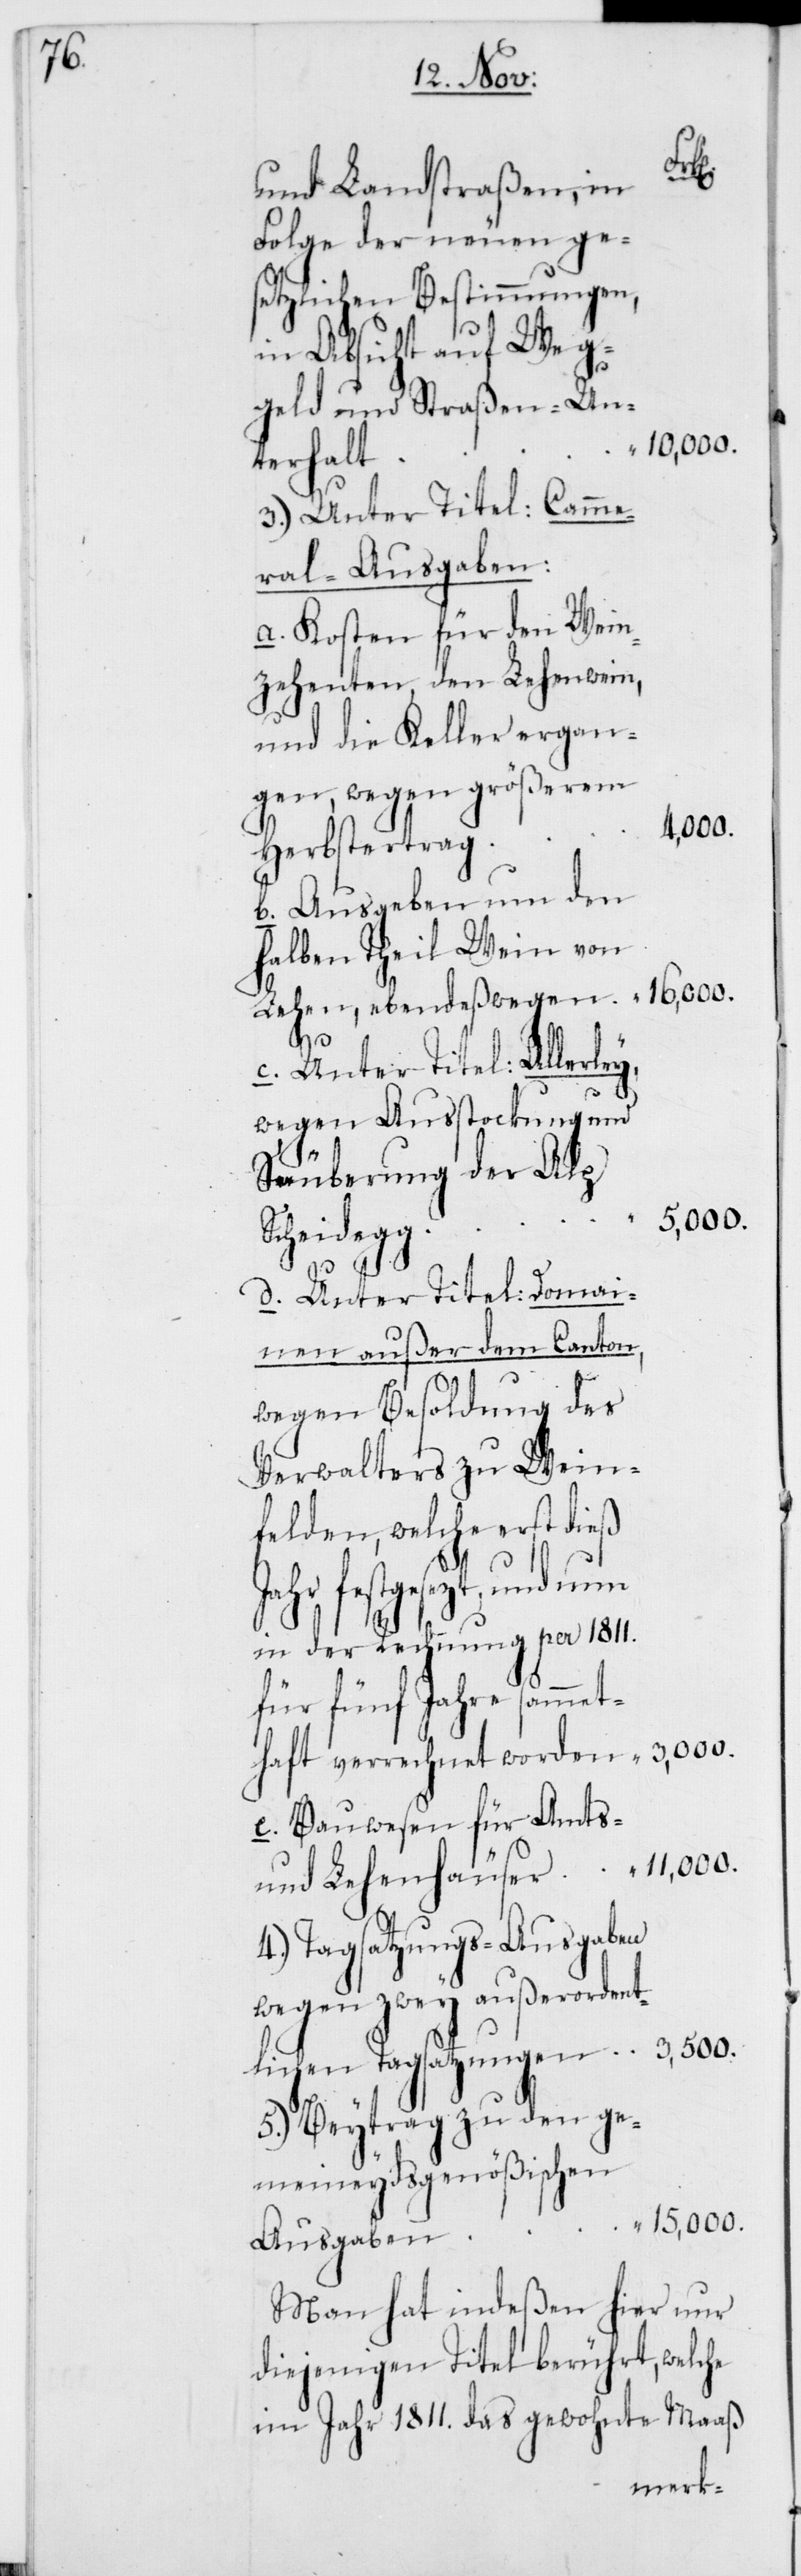
und Landstraßen, in
Folge der neuen ge¬
setzlichen Bestimmungen,
in Absicht auf Weg¬
geld und Straßen-Un¬
11,000.
terhalt
3.) Unter Titel: Came¬
ral-Ausgaben:
a. Kosten für den Wein¬
zehenten, den Lehenwein,
und die Keller ergan¬
gen, wegen größerem
15,000.
Herbstertrag
b. Ausgeben um den
halben Theil Wein von
Lehen, ebendeßwegen
“
c. Unter Titel: Allerle¬
wegen Ausstockung und
Säuberung der Alp
5000.
Scheidegg
d. Unter Titel: Domai¬
nen außer dem Canton,
wegen Besoldung des
Verwalters zu Wein¬
felden, welche erst dieß
ichen Tagsatzungen
in der Rechnung per 1811.
für fünf Jahre sammet¬
3000.
haft verrechnet worden
e) Bauwesen für Amts-
4.) Tagsatzungs-Ausgaben
wegen zwey außerordentl¬
5.) Beytrag zu den ge¬
meineydsgenößischen
Man hat indeßen hier nur
diejenigen Titel berührt, welche
im Jahr 1811. das gewohnte Maaß